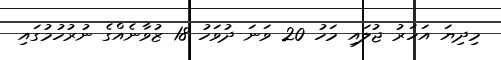
މިދިޔަ އަހަރު ޖުލައި މަހު 20 ވަނަ ދުވަހު 18 ޒުވާނެއްގެ ނުރުހުމުގައި